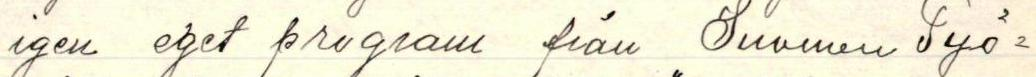
igen eget program från "Suomen Työ-